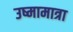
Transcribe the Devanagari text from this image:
उष्मामात्रा